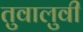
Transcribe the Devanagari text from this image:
तुवालुवी